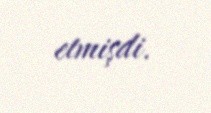
etmişdi.